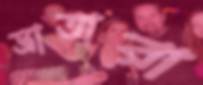
ভ্রাতারা